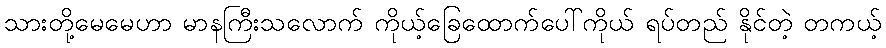
သားတို့မေမေဟာ မာနကြီးသလောက် ကိုယ့်ခြေထောက်ပေါ်ကိုယ် ရပ်တည် နိုင်တဲ့ တကယ့်